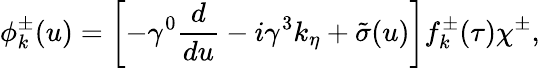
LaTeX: \phi_{{k}}^{\pm}(u)=\left[-\gamma^{0}{\frac{d}{du}}-i{\gamma^{3}}k_{\eta}+{\tilde{\sigma}}(u)\right]f_{k}^{\pm}(\tau)\chi^{\pm},